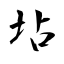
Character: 坫